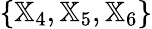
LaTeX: \{ {\mathbb X}_{4},{\mathbb X}_{5},{\mathbb X}_{6}\}